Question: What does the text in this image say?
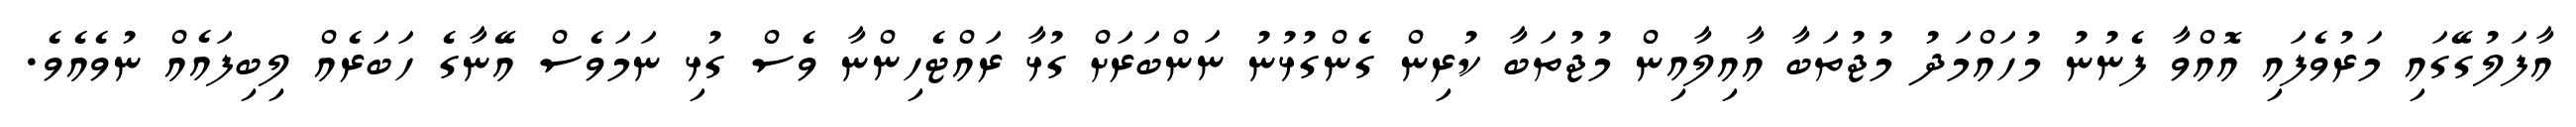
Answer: އާފަލުގޭގައި މަރުވެފައި އޮއްވާ ފެނުނު މުހައްމަދު މުޖުތަބާ އާއިލާއިން މުޖުތަބާ ކުރިން ގެންގުޅުނު ނަންބަރަށް ގުޅާ ރައްޓެހިންނާ ވެސް ގުޅި ނަމަވެސް އޭނާގެ ހަބަރެއް ލިބިފައެއް ނުވެއެވެ.